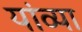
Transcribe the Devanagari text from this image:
यांव्या